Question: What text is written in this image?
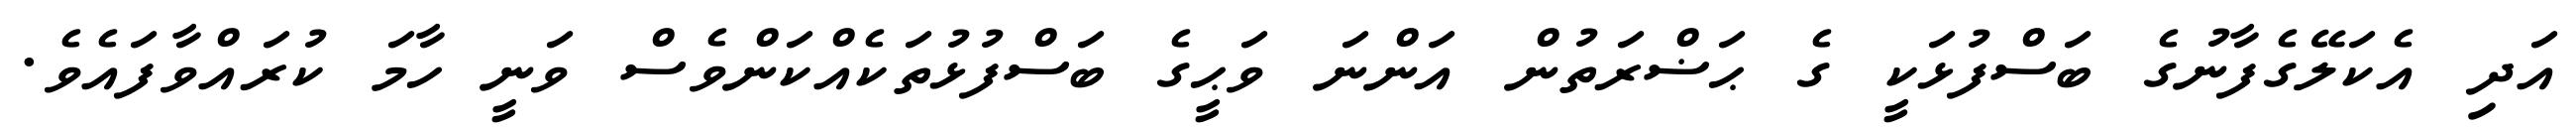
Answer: އަދި އެކަލޭގެފާނުގެ ބަސްފުޅަކީ ގެ ޙަޟްރަތުން އަންނަ ވަޙީގެ ބަސްފުޅުތަކެއްކަންވެސް ވަނީ ހާމަ ކުރައްވާފައެވެ.